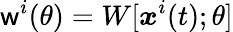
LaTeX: \mathsf{w}^{i}(\theta)=W[{\boldsymbol{x}}^{i}(t);\theta]